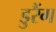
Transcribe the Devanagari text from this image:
डुरैंग